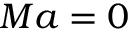
M a = 0